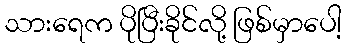
သားရေက ပိုပြီးခိုင်လို့ ဖြစ်မှာပေါ့